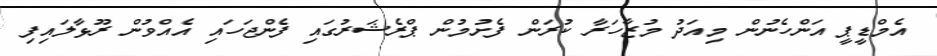
އެމްޑީޕީ އަންހެނުން މިއަދު މުޒާހަރާ ކުރަން ފެށުމުން ޕްރެޝަރުގައި ފެންޖަހައި އެއްވުން ރޫޅާލައިފި